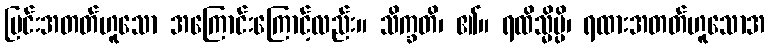
မြင်းအတတ်ဟူသော အကြောင်းကြောင့်လည်း။ သိက္ခတိ၊ ၏။ ရထိသ္မိမ္ပိ၊ ရထားအတတ်ဟူသောအ